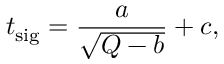
t _ { \mathrm { s i g } } = \frac { a } { \sqrt { Q - b } } + c ,